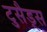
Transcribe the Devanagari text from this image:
टुसैड्स